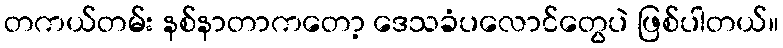
တကယ်တမ်း နစ်နာတာကတော့ ဒေသခံပလောင်တွေပဲ ဖြစ်ပါတယ်။